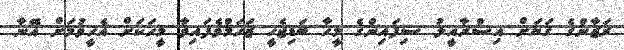
ރަޒާންގެ ގަޔަށް އިސްރާއީލު ސިފައިންގެ މީހާ ބަޑިޖެހީ ޒަޚަމްވެފައިވާ މީހަކަށް އެހީވުމަށް އޭނާ